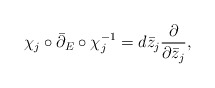
\begin{align*}\chi_j\circ \bar\partial_E\circ\chi_j^{-1} = d\bar z_j\frac{\partial}{\partial\bar z_j},\end{align*}